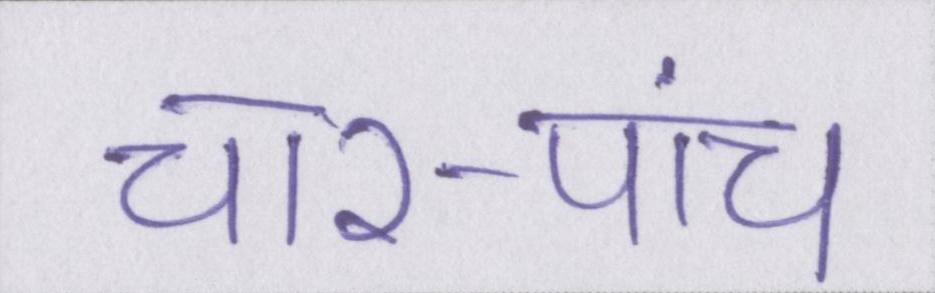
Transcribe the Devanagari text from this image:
चार-पांच